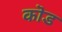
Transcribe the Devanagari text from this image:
कॊड